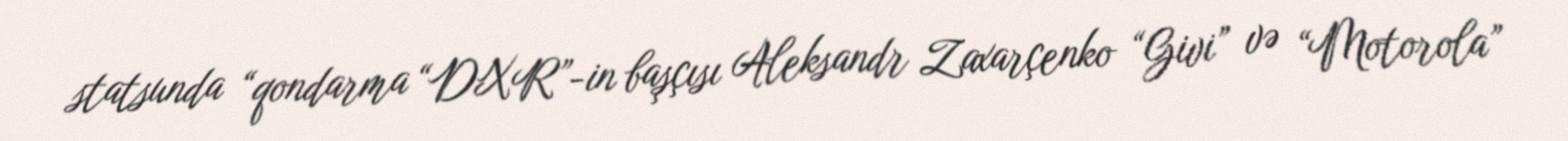
statsunda “qondarma “DXR”-in başçısı Aleksandr Zaxarçenko “Givi” və “Motorola”